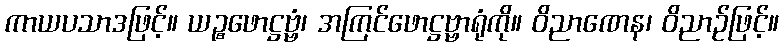
ကာယပသာဒဖြင့်။ ယဉ္စဖောဋ္ဌဗ္ဗံ၊ အကြင်ဖောဋ္ဌဗ္ဗာရုံကို။ ဝိညာဏေန၊ ဝိညာဉ်ဖြင့်။